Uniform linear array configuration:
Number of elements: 12
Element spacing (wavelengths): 0.25
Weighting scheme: cosine
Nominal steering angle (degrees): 60
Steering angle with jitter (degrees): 61.824
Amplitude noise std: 0.05
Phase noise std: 0.05

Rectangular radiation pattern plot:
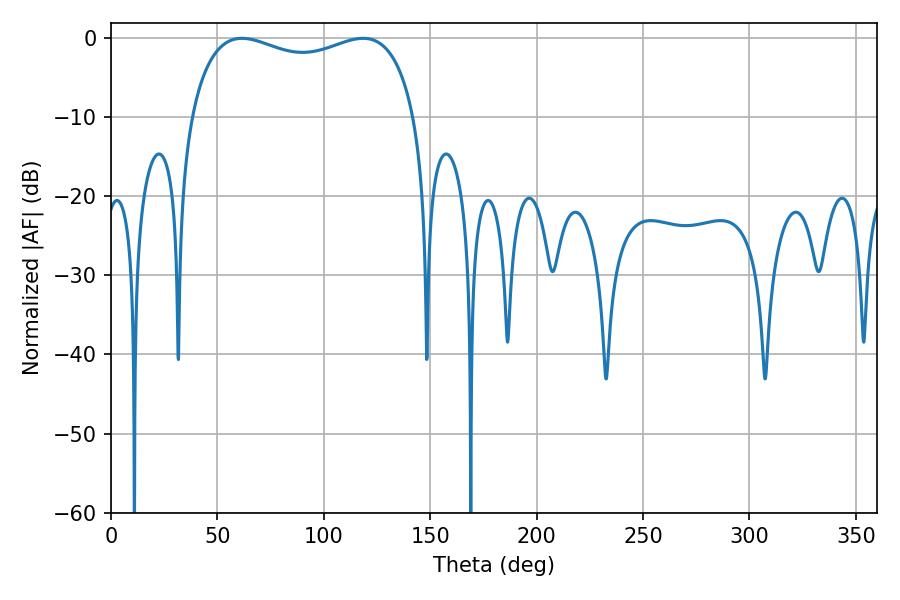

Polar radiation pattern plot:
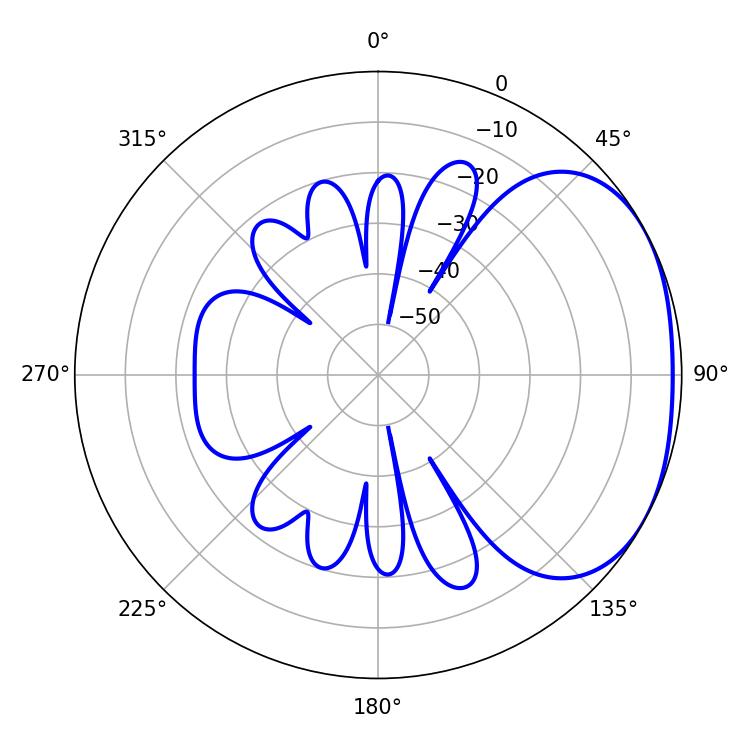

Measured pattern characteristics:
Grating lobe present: FALSE
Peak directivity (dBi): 2.268
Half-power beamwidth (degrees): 87.12
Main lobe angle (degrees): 61.56